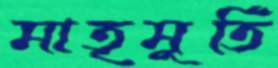
মাতৃমূর্তি